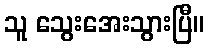
သူ သွေးအေးသွားပြီ။